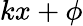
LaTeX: kx+\phi